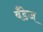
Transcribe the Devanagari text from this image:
बँडेज